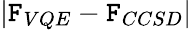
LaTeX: \left|\mathtt{F}_{VQE}-\mathtt{F}_{CCSD}\right|